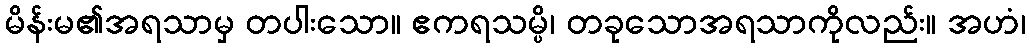
မိန်းမ၏အရသာမှ တပါးသော။ ဧကရသမ္ပိ၊ တခုသောအရသာကိုလည်း။ အဟံ၊